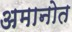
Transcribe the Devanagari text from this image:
अमानोत